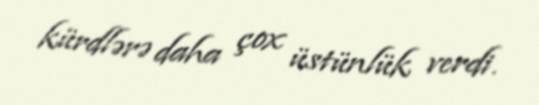
kürdlərə daha çox üstünlük verdi.